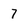
Character: 7